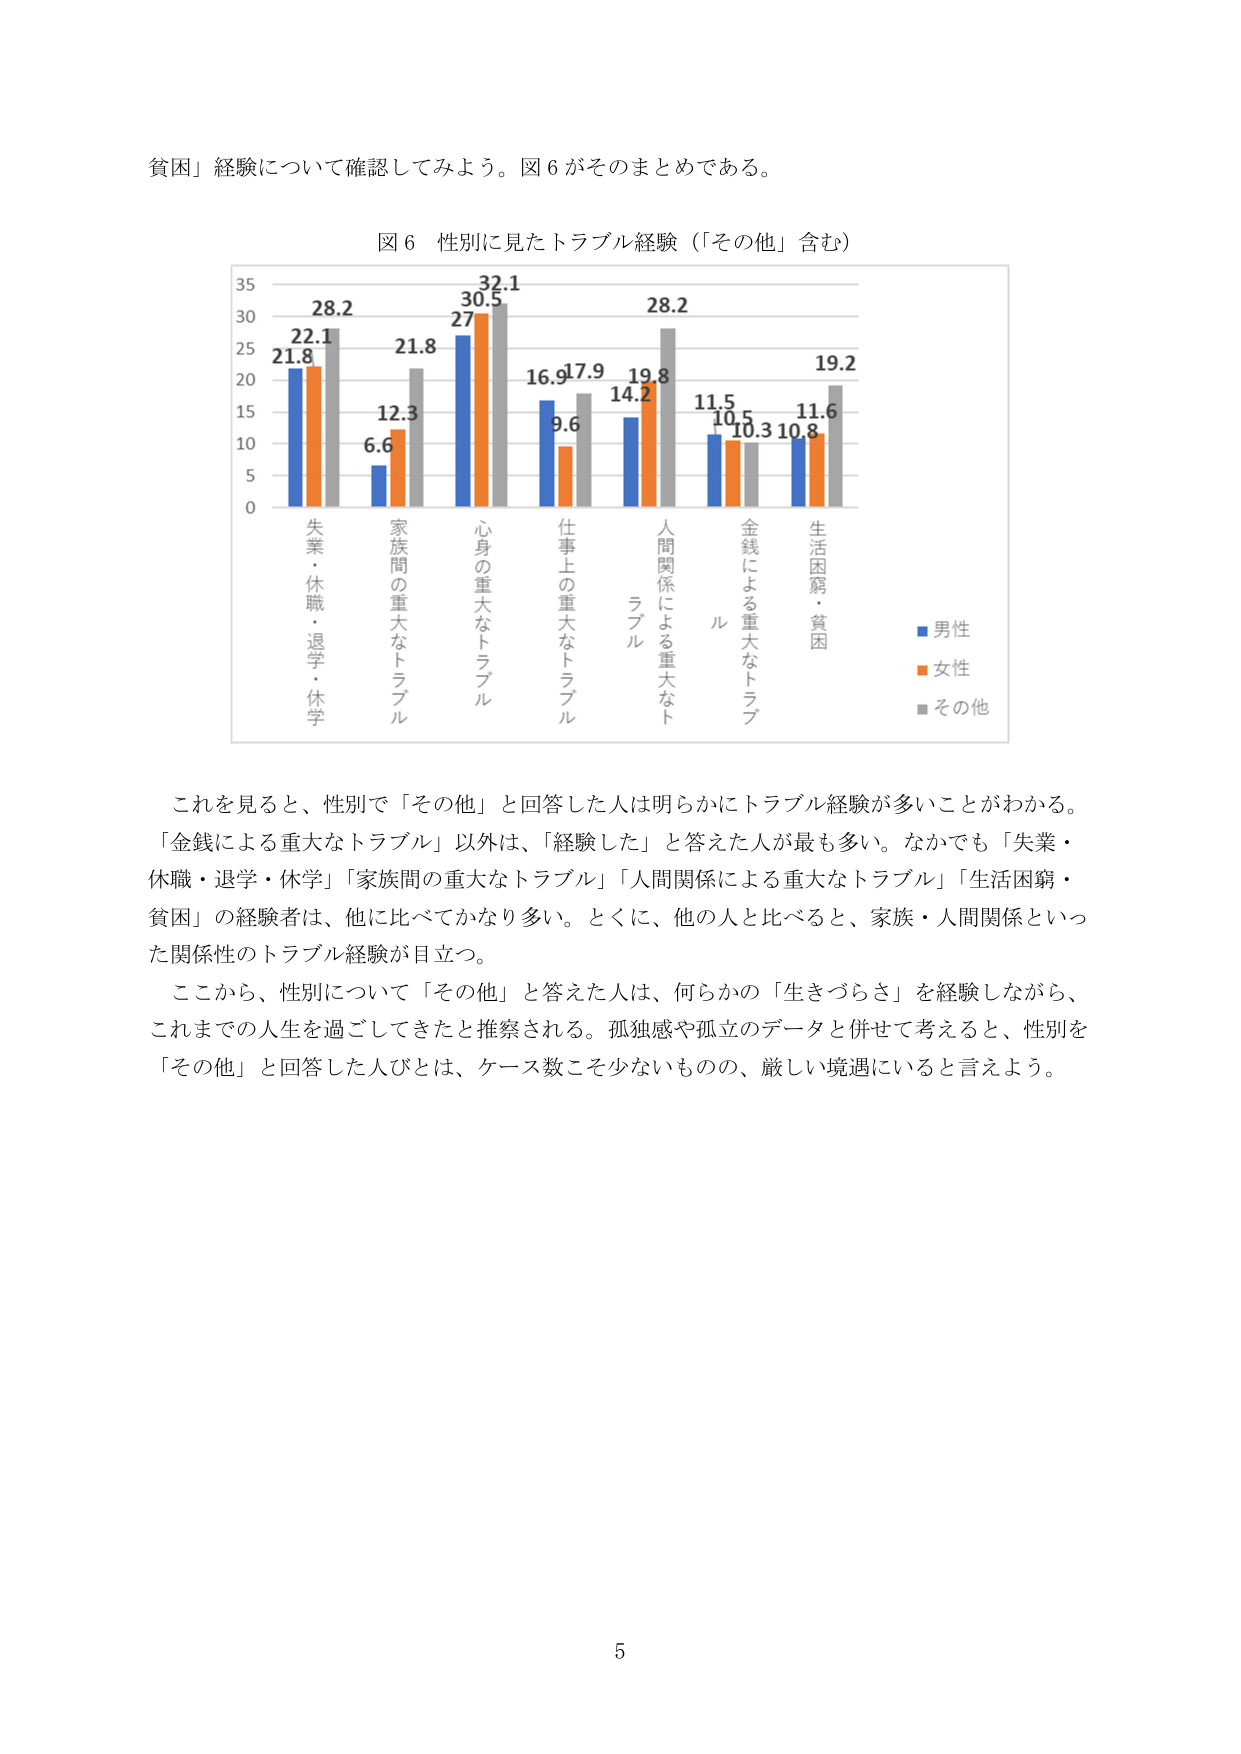
貧困」経験について確認してみよう。図６がそのまとめである。

図６ 性別に見たトラブル経験（「その他」含む）

35
30 28.2
25 22.1 32.1
20 21.8 27 30.5 28.2
15 12.3 16.9 17.9 19.8 19.2
10 6.6 9.6 14.2 11.5 10.5 10.3 10.8 11.6
5
0

失業・休職・退学・休学
家族間の重大なトラブル
心身の重大なトラブル
仕事上の重大なトラブル
人間関係による重大なトラブル
金銭による重大なトラブル
生活困窮・貧困

■男性
■女性
■その他

これを見ると、性別で「その他」と回答した人は明らかにトラブル経験が多いことがわかる。
「金銭による重大なトラブル」以外は、「経験した」と答えた人が最も多い。なかでも「失業・
休職・退学・休学」「家族間の重大なトラブル」「人間関係による重大なトラブル」「生活困窮・
貧困」の経験者は、他に比べてかなり多い。とくに、他の人と比べると、家族・人間関係といっ
た関係性のトラブル経験が目立つ。
ここから、性別について「その他」と答えた人は、何らかの「生きづらさ」を経験しながら、
これまでの人生を過ごしてきたと推察される。孤独感や孤立のデータと併せて考えると、性別を
「その他」と回答した人びとは、ケース数こそ少ないものの、厳しい境遇にいると言えよう。

5